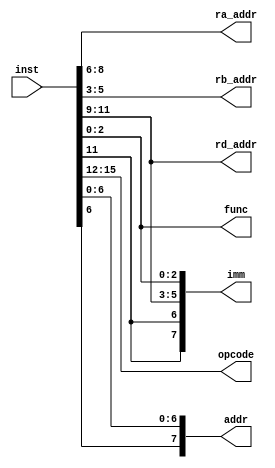
module decoder(
	input [15:0]inst,
	output reg [2:0] ra_addr,
	output reg [2:0] rb_addr,
	output reg [2:0] rd_addr,
	output reg [7:0] imm,
	output reg [3:0] opcode,
	output reg [2:0] func,
	output reg [7:0] addr
	);
always @(*) 
begin
  opcode[3:0]	= inst[15:12];
  rd_addr[2:0]	= inst[11:9];
  ra_addr[2:0]	= inst[8:6];
  rb_addr[2:0]	= inst[5:3];
  func[2:0]		= inst[2:0];
  imm[5:3]		= inst[11:9];
  imm[2:0]		= inst[2:0];
  addr[6:0]		= inst[6:0];
  imm[6]=imm[5];
  imm[7]=imm[5];
  addr[7]=addr[6];
end
endmodule